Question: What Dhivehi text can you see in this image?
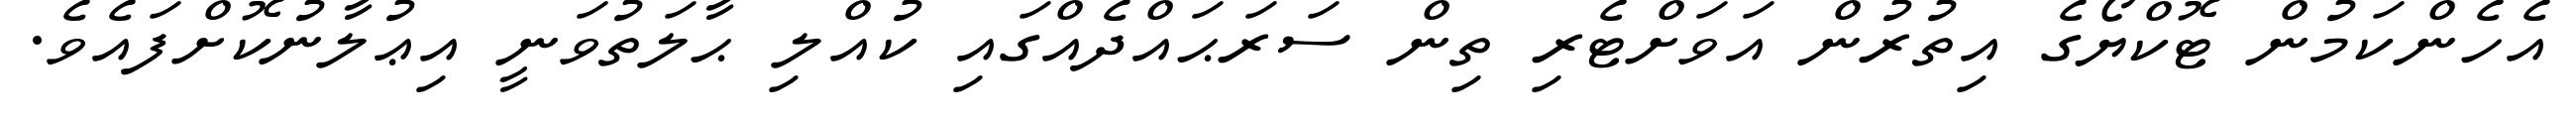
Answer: އެހެންކަމުން ޓޮކްޔޯގެ އިތުރުން އަވަށްޓެރި ތިން ސަރަޙައްދެއްގައި ކުއްލި ޙާލަތުވަނީ އިޢުލާނުކޮށްފައެވެ.